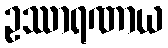
ဥဿာရဏာယ